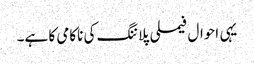
یہی احوال فیملی پلاننگ کی ناکامی کا ہے۔